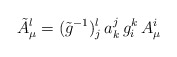
\begin{align*}\tilde{A}^l_\mu=(\tilde{g}^{-1}){}^l_j\,a^j_k\,g^k_i\,A^i_\mu\end{align*}